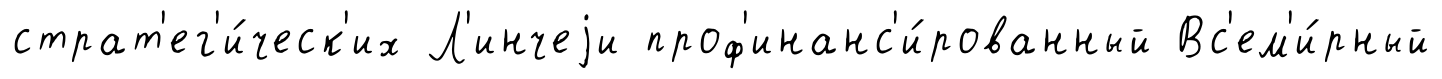
страт'ег'и́ческ'их Л'инчеjи проф'инанс'и́рованный Вс'ем'и́рный